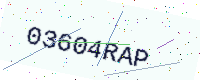
Text: 03604RAP